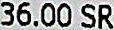
36.00 SR